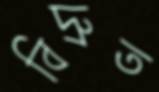
বিদ্রুত